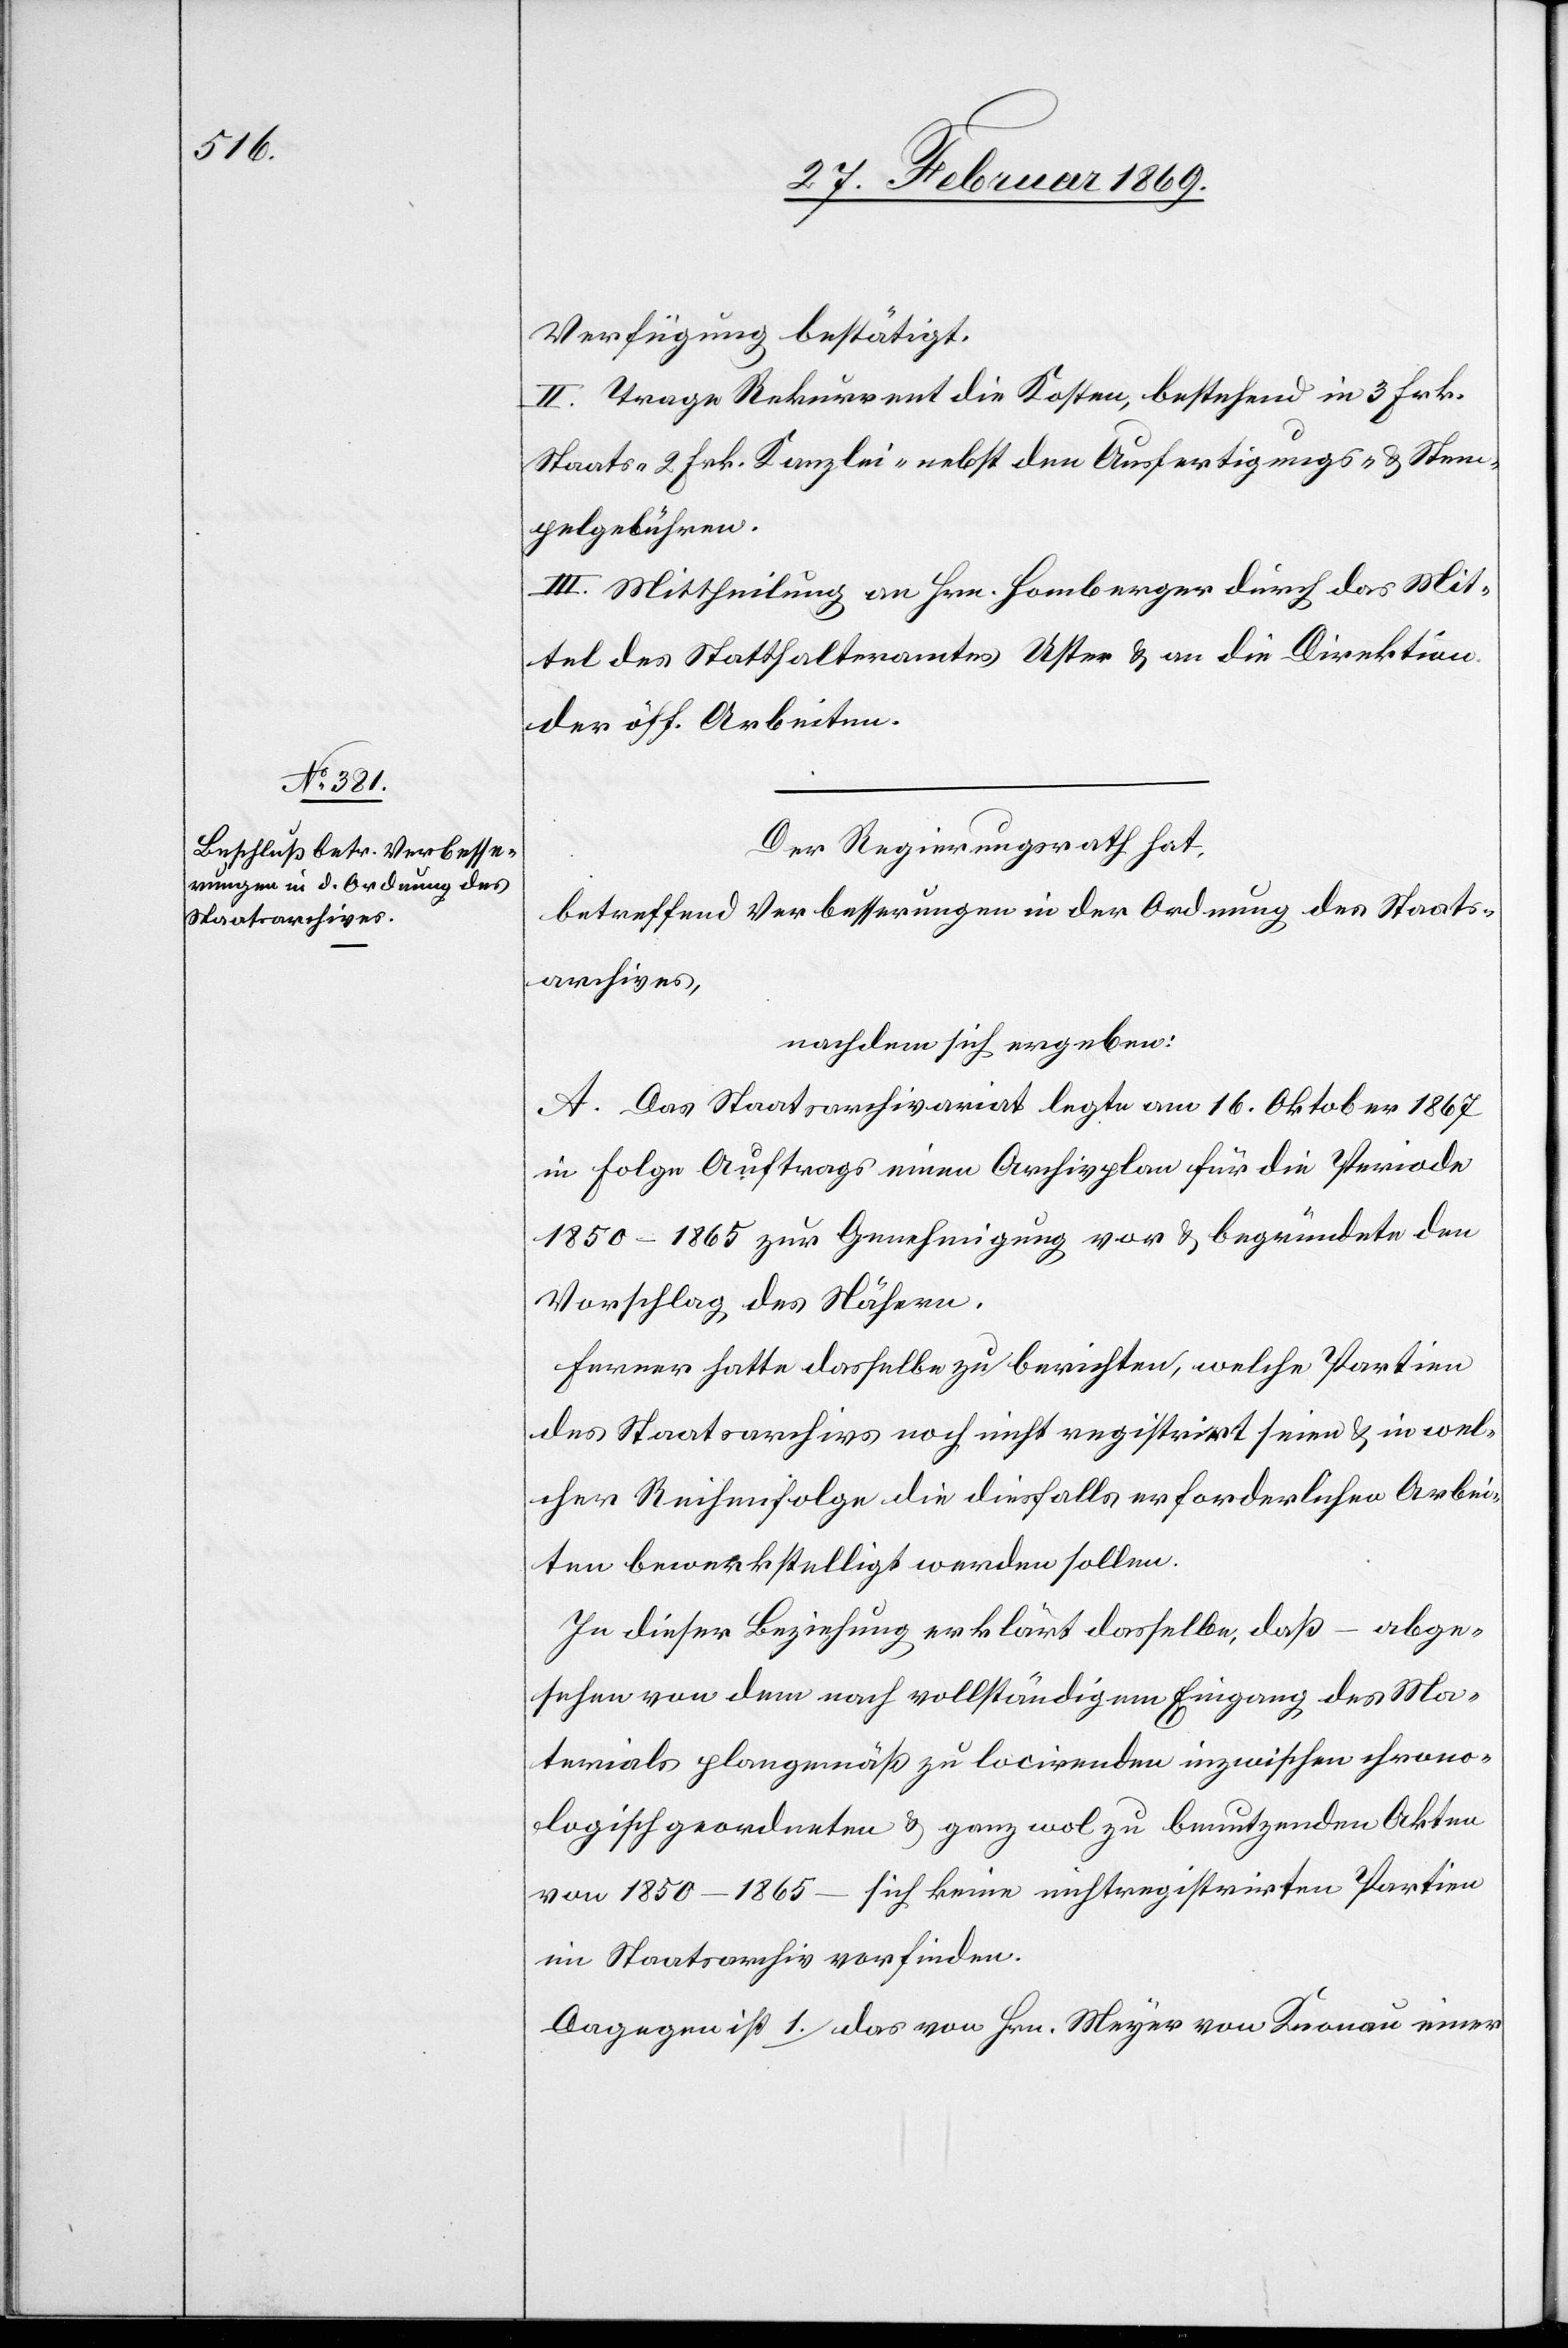
Verfügung bestätigt.
II. Trage Rekurrent die Kosten, bestehend in 3 Frk.
Staats- 2 Frk. Kanzlei- nebst den Ausfertigungs- & Stem¬
pelgebühren.
III. Mittheilung an Hrn. Homberger durch das Mit¬
tel des Statthalteramtes Uster & an die Direktion
der öff. Arbeiten.
Der Regierungsrath hat,
betreffend Verbesserungen in der Ordnung des Staats¬
archives,
nachdem sich ergeben:
A. Das Staatsarchivariat legt am 16. Oktober 1867
in Folge Auftrags einen Archivplan für die Periode
1850–1865 zur Genehmigung vor & begründete den
Vorschlag des Nähern.
Ferner hatte dasselbe zu berichten, welche Partien
des Staatsarchives noch nicht registrirt seien & in wel¬
cher Reihenfolge die diesfalls erforderlichen Arbei¬
ten bewerkstelligt werden sollen.
In dieser Beziehung erklärt dasselbe, daß – abge¬
sehen von dem nach vollständigem Eingang des Ma¬
terials plangemäß zu locirenden inzwischen chrono¬
logisch geordneten & ganz wol zu benutzenden Akten
von 1850–1865 – sich keine nichtregistrirten Partien
im Staatsarchiv vorfinden.
Dagegen ist 1. das von Hrn. Meyer von Knonau einer